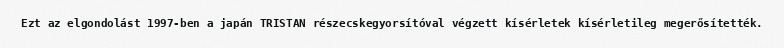
Ezt az elgondolást 1997-ben a japán TRISTAN részecskegyorsítóval végzett kísérletek kísérletileg megerősítették.